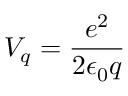
V _ { q } = \frac { e ^ { 2 } } { 2 \epsilon _ { 0 } q }